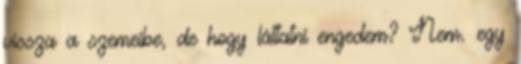
vissza a szemeibe, de hogy láttatni engedem? Nem. egy